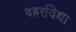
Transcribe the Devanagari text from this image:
दहरविद्या